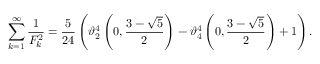
\sum _ { k = 1 } ^ { \infty } { \frac { 1 } { F _ { k } ^ { 2 } } } = { \frac { 5 } { 2 4 } } \left( \vartheta _ { 2 } ^ { 4 } \left( 0 , { \frac { 3 - { \sqrt { 5 } } } { 2 } } \right) - \vartheta _ { 4 } ^ { 4 } \left( 0 , { \frac { 3 - { \sqrt { 5 } } } { 2 } } \right) + 1 \right) .